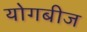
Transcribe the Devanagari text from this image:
योगबीज